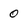
Character: 0